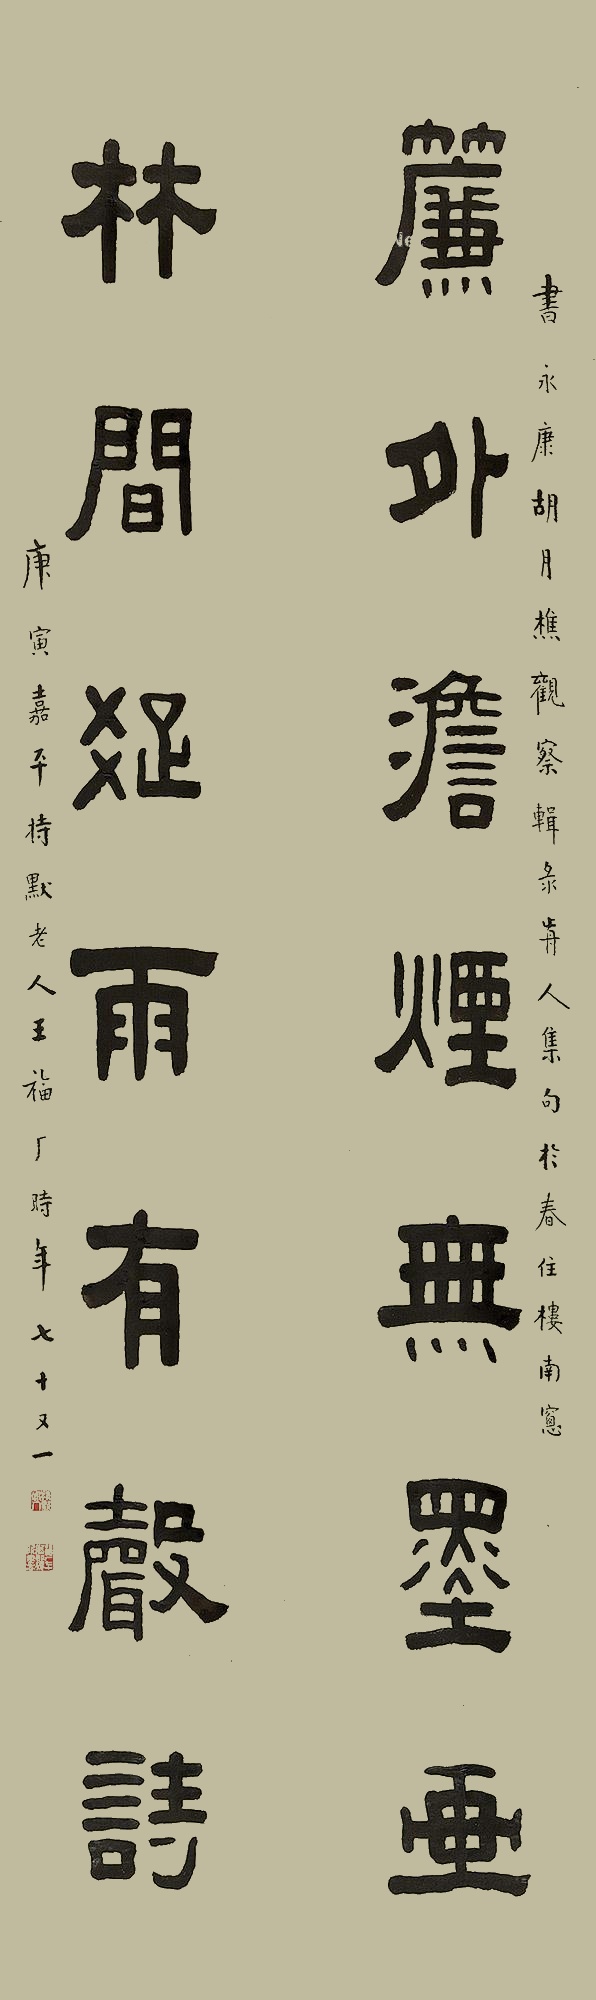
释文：帘外淡烟无墨画，林间疏雨有声诗。书永康胡月樵观察辑录前人集句于春住楼南窗。庚寅嘉平，持默老人王福厂，时年七十又一。